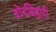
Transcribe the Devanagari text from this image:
बोनबिहारी